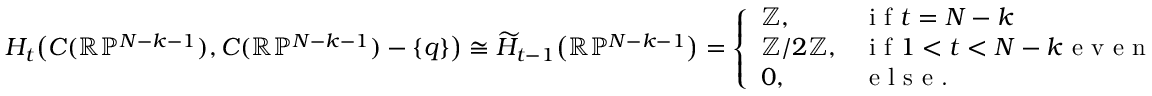
H _ { t } \big ( C ( \mathbb { R } \mathbb { P } ^ { N - k - 1 } ) , C ( \mathbb { R } \mathbb { P } ^ { N - k - 1 } ) - \{ q \} \big ) \cong \widetilde { H } _ { t - 1 } \big ( \mathbb { R } \mathbb { P } ^ { N - k - 1 } \big ) = \left\{ \begin{array} { l l } { \mathbb { Z } , } & { \textrm { i f } t = N - k } \\ { \mathbb { Z } / 2 \mathbb { Z } , } & { \textrm { i f } 1 < t < N - k \textrm { e v e n } } \\ { 0 , } & { \textrm { e l s e . } } \end{array} \right.